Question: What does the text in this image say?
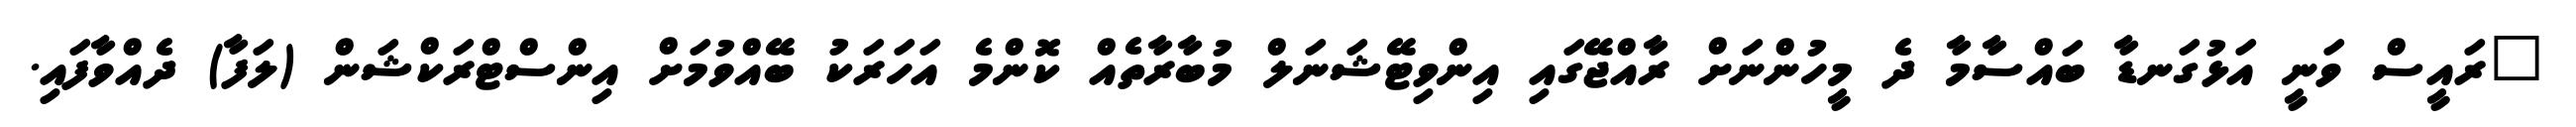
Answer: "ރައީސް ވަނީ އަޅުގަނޑާ ބައްސާމާ ދެ މީހުންނަށް ރާއްޖޭގައި އިންވިޓޭޝަނަލް މުބާރާތެއް ކޮންމެ އަހަރަކު ބޭއްވުމަށް އިންސްޓްރަކްޝަން (ލަފާ) ދެއްވާފައި.